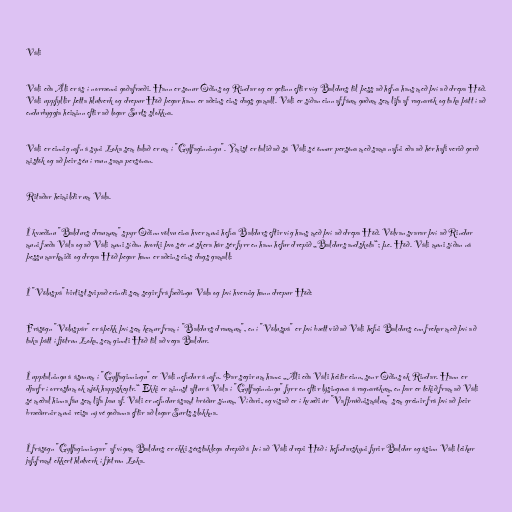
Váli

Váli eða Áli er ás í norrænni goðafræði. Hann er sonur Óðins og Rindar og er getinn eftir víg Baldurs til þess að hefna hans með því að drepa Höð.
Váli uppfyllir þetta hlutverk og drepur Höð þegar hann er aðeins eins dags gamall. Váli er síðan einn af fáum guðum sem lifa af ragnarök og taka þátt í að
endurbyggja heiminn eftir að logar Surts slokkna.

Váli er einnig nafn á syni Loka sem talað er um í "Gylfaginningu". Ýmist er talið að sá Váli sé önnur persóna með sama nafni eða að hér hafi verið gerð
mistök og að þeir séu í raun sama persónan.

Ritaðar heimildir um Vála.

Í kvæðinu "Baldurs draumum" spyr Óðinn völvu eina hver muni hefna Baldurs eftir víg hans með því að drepa Höð. Völvan svarar því að Rindur
muni fæða Vála og að Váli muni síðan hvorki þvo sér né skera hár sér fyrr en hann hefur drepið „Baldurs andskota“; þ.e. Höð. Váli muni síðan ná
þessu markmiði og drepa Höð þegar hann er aðeins eins dags gamall:

Í "Völuspá" birtist svipað erindi sem segir frá fæðingu Vála og því hvernig hann drepur Höð:

Frásögn "Völuspár" er áþekk því sem kemur fram í "Baldurs draumum", en í "Völuspá" er því bætt við að Váli hefni Baldurs enn frekar með því að
taka þátt í fjötrun Loka, sem ginnti Höð til að vega Baldur.

Í upptalningu á ásunum í "Gylfaginningu" er Váli nefndur á nafn. Þar segir um hann: „Áli eða Váli heitir einn, sonr Óðins ok Rindar. Hann er
djarfr í orrostum ok mjök happskeytr.“ Ekki er minnst aftur á Vála í "Gylfaginningu" fyrr en eftir lýsinguna á ragnarökum, en þar er tekið fram að Váli
sé meðal hinna fáu sem lifa þau af. Váli er nefndur ásamt bróður sínum, Víðari, og vísað er í kvæði úr "Vafþrúðnismálum" sem greinir frá því að þeir
bræðurnir muni reisa ný vé goðanna eftir að logar Surts slokkna.

Í frásögn "Gylfaginningar" af vígum Baldurs er ekki sérstaklega drepið á því að Váli drepi Höð í hefndarskyni fyrir Baldur og ásinn Váli leikur
jafnframt ekkert hlutverk í fjötrun Loka.